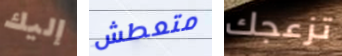
إليك متعطش تزعجك